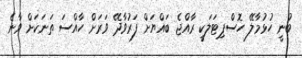
ބުނީ ހުޅުމާލޭ ހޮސްޕިޓަލަކީ ރާއްޖެ ބައްޔަށް ފަރުވާދޭ ވަރަށް ހާއްސަ ތަަނަކަށް ވާނެ